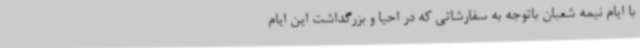
با ایام نیمه شعبان باتوجه به سفارشاتی که در احیا و بزرگداشت این ایام